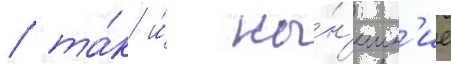
/ та́к и́ ны́н'ешн'ие